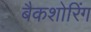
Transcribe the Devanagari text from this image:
बैकशोरिंग